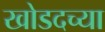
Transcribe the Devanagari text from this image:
खोडदच्या